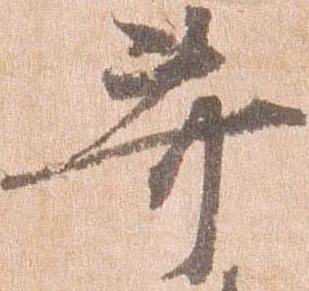
苛